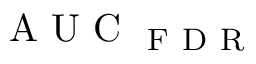
\mathrm { ~ A ~ U ~ C ~ } _ { \mathrm { ~ F ~ D ~ R ~ } }